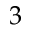
3